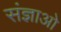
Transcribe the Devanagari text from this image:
संज्ञाओ